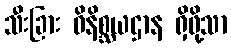
သီးခြား ဝိနိစ္ဆယဌာန ရှိဖို့သာ